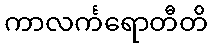
ကာလင်္ကရောတီတိ